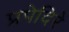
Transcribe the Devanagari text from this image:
प्रपेदिरे